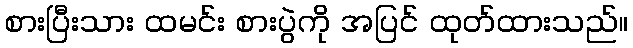
စားပြီးသား ထမင်း စားပွဲကို အပြင် ထုတ်ထားသည်။